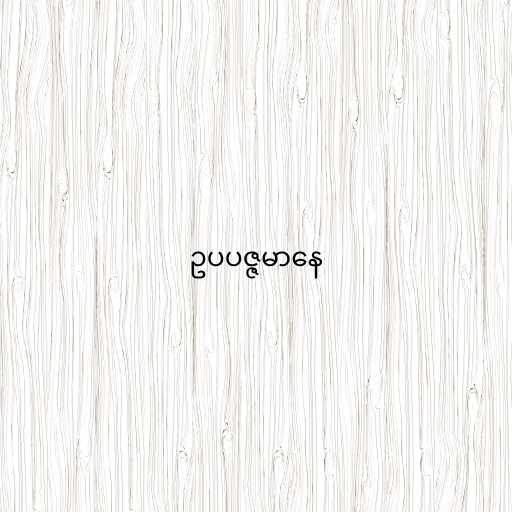
ဥပပဇ္ဇမာနေ